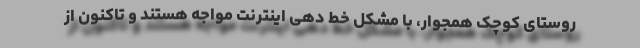
روستای کوچک همجوار، با مشکل خط دهی اینترنت مواجه هستند و تاکنون از